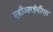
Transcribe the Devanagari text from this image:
एडीआरईसीएस